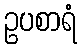
ဥပစာရံ